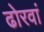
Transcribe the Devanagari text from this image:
ढोरवां